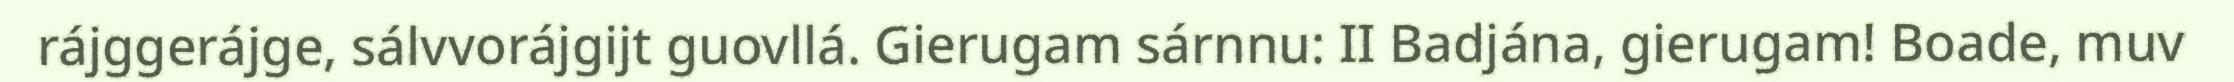
rájggerájge, sálvvorájgijt guovllá. Gierugam sárnnu: II Badjána, gierugam! Boade, muv